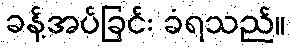
ခန့်အပ်ခြင်း ခံရသည်။